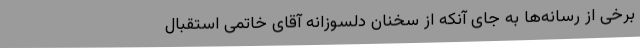
برخی از رسانه‌ها به جای آنکه از سخنان دلسوزانه آقای خاتمی استقبال